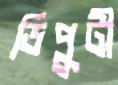
ডিপুটী